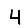
Digit: 4